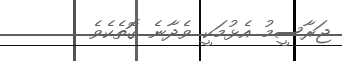
ޖަރާސީމު އެޅުމަކީ ވެދާނެ ގޮތެކެވެ.